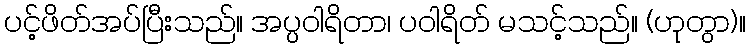
ပင့်ဖိတ်အပ်ပြီးသည်။ အပ္ပဝါရိတာ၊ ပဝါရိတ် မသင့်သည်။ (ဟုတွာ)။